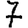
Digit: 7